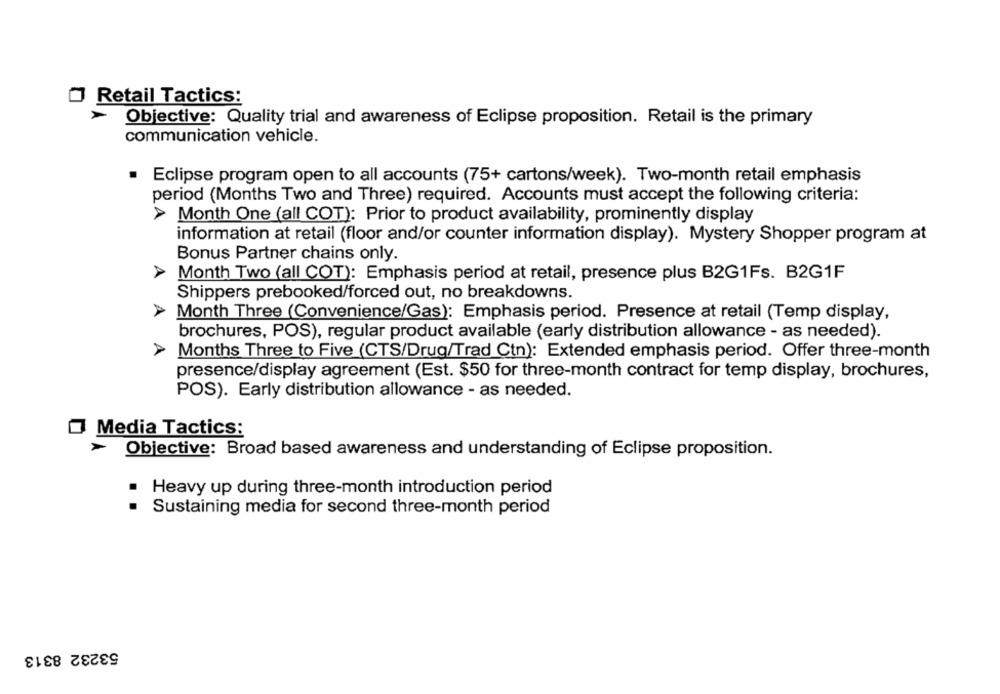
O Retail Tactics:
Objective: Quality trial and awareness of Eclipse proposition. Retail is the primary
communication vehicle.
· Eclipse program open to all accounts (75+ cartons/week). Two-month retail emphasis
period (Months Two and Three) required. Accounts must accept the following criteria:
A
Month One (all COT): Prior to product availability, prominently display
information at retail (floor and/or counter information display). Mystery Shopper program at
Bonus Partner chains only.
Month Two (all COT): Emphasis period at retail, presence plus B2G1Fs. B2G1F
Shippers prebooked/forced out, no breakdowns.
> Month Three (Convenience/Gas): Emphasis period. Presence at retail (Temp display,
brochures, POS), regular product available (early distribution allowance - as needed).
Months Three to Five (CTS/Drug/Trad Ctn): Extended emphasis period. Offer three-month
presence/display agreement (Est. $50 for three-month contract for temp display, brochures,
POS). Early distribution allowance - as needed.
Media Tactics:
Objective: Broad based awareness and understanding of Eclipse proposition.
Heavy up during three-month introduction period
Sustaining media for second three-month period
53232 8313